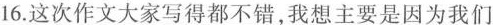
16.这次作文大家写得都不错，我想主要是因为我们